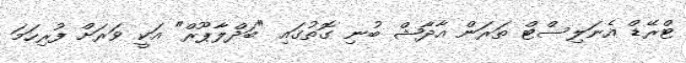
ޓްރޭޑް އެނަލިސްޓް ތަރަން އާދާޝް ބުނި ގޮތުގައި "ބަދްލާޕޫރް" އަކީ ވަރަށް ފުރިހަމަ